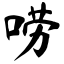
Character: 唠